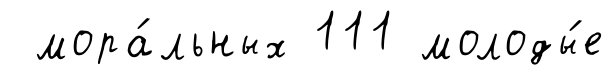
мора́льных 111 молоды́е